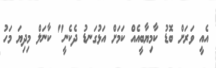
އެއީ ވަރަށް ބޮޑު ކާމިޔާބީއެއް ކަމަށް އަޅުގަނޑު ދެކެނީ" ކާނަލް މިދިޔަ މަހު